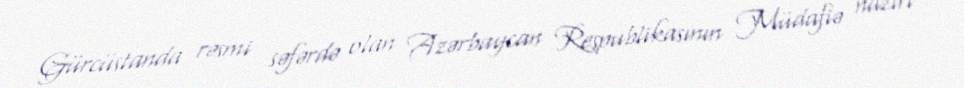
Gürcüstanda rəsmi səfərdə olan Azərbaycan Respublikasının Müdafiə naziri